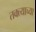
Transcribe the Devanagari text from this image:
तक्त्याच्या